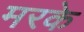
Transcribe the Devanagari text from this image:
मरके